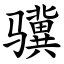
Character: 骥